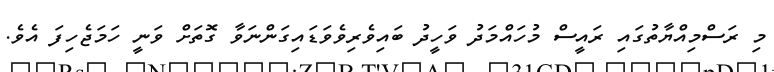
މި ރަސްމިއްޔާތުގައި ރައީސް މުހައްމަދު ވަހީދު ބައިވެރިވެވަޑައިގަންނަވާ ގޮތަށް ވަނީ ހަމަޖެހިފަ އެވެ.